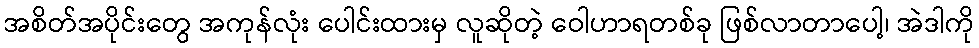
အစိတ်အပိုင်းတွေ အကုန်လုံး ပေါင်းထားမှ လူဆိုတဲ့ ဝေါဟာရတစ်ခု ဖြစ်လာတာပေါ့၊ အဲဒါကို